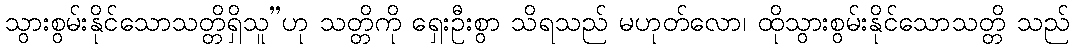
သွားစွမ်းနိုင်သောသတ္တိရှိသူ”ဟု သတ္တိကို ရှေးဦးစွာ သိရသည် မဟုတ်လော၊ ထိုသွားစွမ်းနိုင်သောသတ္တိ သည်